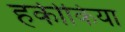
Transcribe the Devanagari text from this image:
हकीकिया